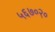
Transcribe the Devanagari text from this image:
५६७०२०